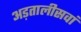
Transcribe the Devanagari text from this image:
अड़तालीसवां